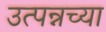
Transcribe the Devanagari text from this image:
उत्पन्नच्या